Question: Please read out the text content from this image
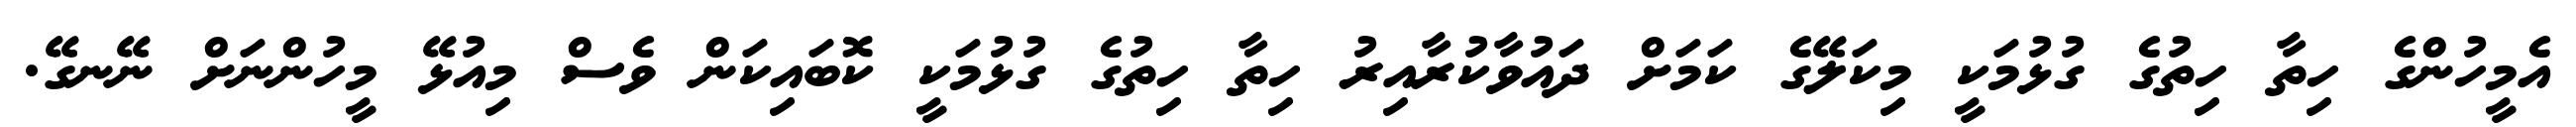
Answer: އެމީހުންގެ ހިތާ ހިތުގެ ގުޅުމަކީ މިކަލޭގެ ކަމަށް ދައުވާކުރާއިރު ހިތާ ހިތުގެ ގުޅުމަކީ ކޮބައިކަން ވެސް މިއުޅޭ މީހުންނަށް ނޭނގޭ.